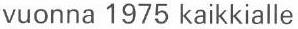
vuonna 1975 kaikkialle